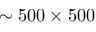
\sim 5 0 0 \times 5 0 0